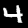
Label: 4